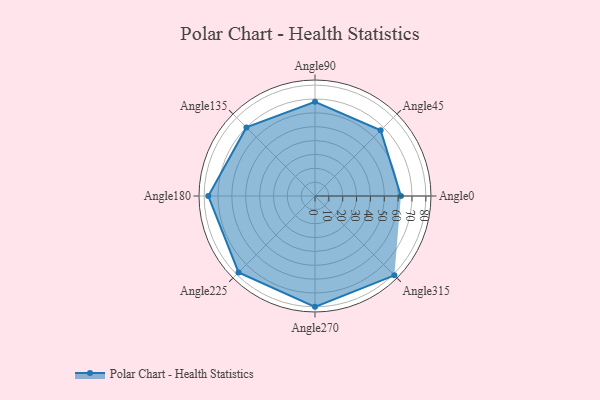
{"axis": {"x": "Angle", "y": "Radius"}, "legend": [""], "data": [{"x": "Angle0", "y": 62.0, "type": ""}, {"x": "Angle45", "y": 67.0, "type": ""}, {"x": "Angle90", "y": 68.0, "type": ""}, {"x": "Angle135", "y": 70.0, "type": ""}, {"x": "Angle180", "y": 77.0, "type": ""}, {"x": "Angle225", "y": 78.0, "type": ""}, {"x": "Angle270", "y": 80.0, "type": ""}, {"x": "Angle315", "y": 81.0, "type": ""}]}